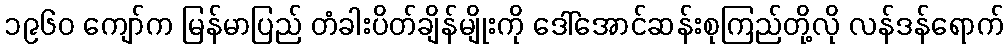
၁၉၆၀ ကျော်က မြန်မာပြည် တံခါးပိတ်ချိန်မျိုးကို ဒေါ်အောင်ဆန်းစုကြည်တို့လို လန်ဒန်ရောက်